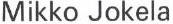
Mikko Jokela